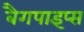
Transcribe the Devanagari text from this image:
बैगपाइप्स